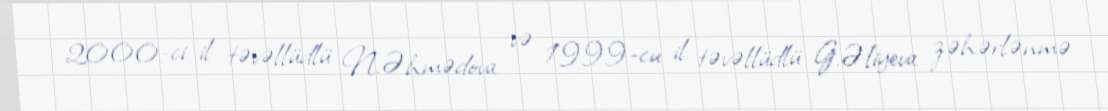
2000-ci il təvəllüdlü N.Əhmədova və 1999-cu il təvəllüdlü G.Əliyeva zəhərlənmə